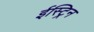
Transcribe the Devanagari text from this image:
ईस्ट्रिन